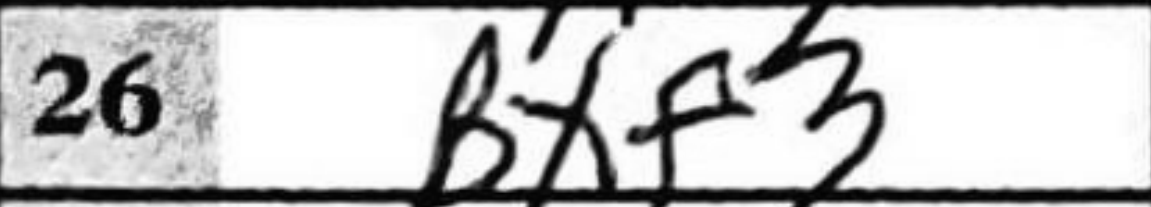
Transcription: Bxf3